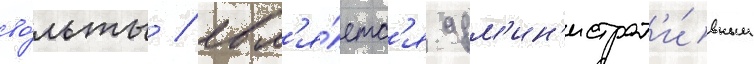
во́льты / явл'я́етс'я адм'ин'истрат'и́вным